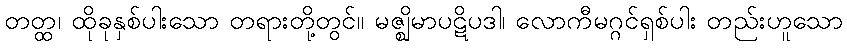
တတ္ထ၊ ထိုခုနှစ်ပါးသော တရားတို့တွင်။ မဇ္ဈိမာပဋိပဒါ၊ လောကီမဂ္ဂင်ရှစ်ပါး တည်းဟူသော